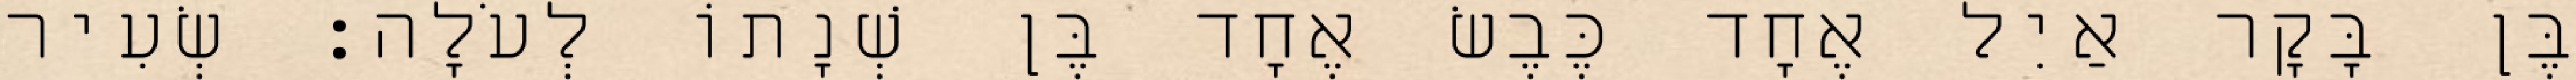
בֶּן בָּקָר אַיִל אֶחָד כֶּבֶשׂ אֶחָד בֶּן שְׁנָתוֹ לְעֹלָה׃ שְׂעִיר